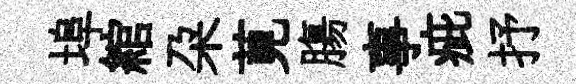
埠綰朶莧膓事疵抒